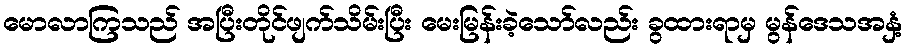
မောလာကြသည် အပြီးတိုင်ဖျက်သိမ်းပြီး မေးမြန်းခဲ့သော်လည်း ခွထားရာမှ မွန်ဒေသအနှံ့